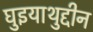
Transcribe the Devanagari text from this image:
घुइयाथुद्दीन